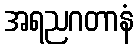
အရညဂတာနံ